Elephants and their diseases
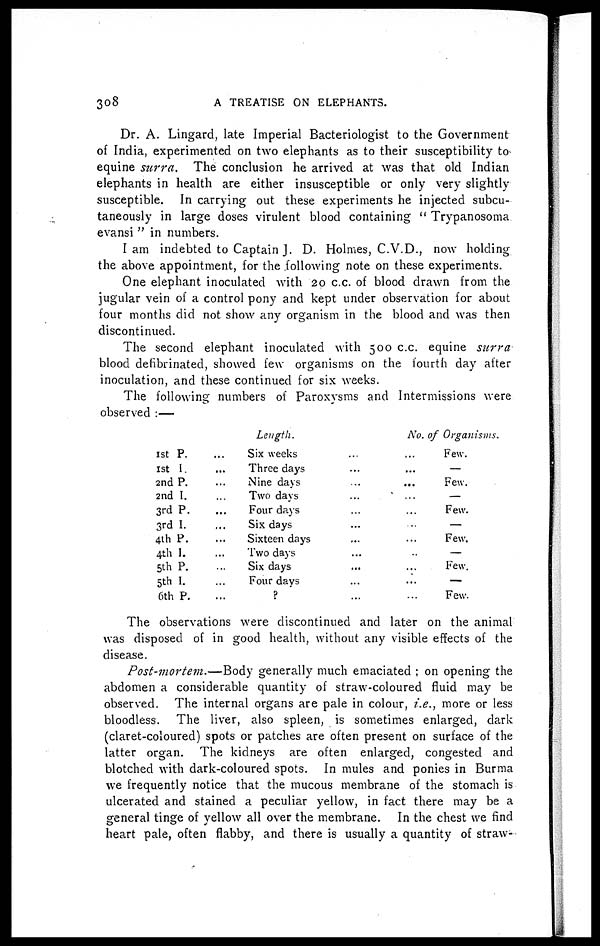
308
A TREATISE ON ELEPHANTS.
Dr. A. Lingard, late Imperial Bacteriologist to the Government
of India, experimented on two elephants as to their susceptibility to
equine surra.
The conclusion he arrived at was that old Indian
elephants in health are either insusceptible or only very slightly
susceptible. In carrying out these experiments he injected subcu-
taneously in large doses virulent blood containing " Trypanosoma
evansi " in numbers.
I am indebted to Captain J. D. Holmes, C.V.D., now holding
the above appointment, for the following note on these experiments.
One elephant inoculated with 20 c.c. of blood drawn from the
jugular vein of a control pony and kept under observation for about
four months did not show any organism in the blood and was then
discontinued.
The second elephant inoculated with 500 c.c. equine surra
blood defibrinated, showed few organisms on the fourth day after
inoculation, and these continued for six weeks.
The following numbers of Paroxysms and Intermissions were
observed :—
1st P.
...
1st I.
...
2nd P.
...
2nd I.
3rd P.
...
3rd I.
...
4th P.
...
4th I.
...
5th P.
5th I.
6th P.
...
Length.
Six weeks
Three days
...
Nine days
...
Two days
Four days
Six days
Sixteen days...
Two days
Six days.....
Four
days...
?
No. of Organisms.
Few.
—
Few.
—
Few.
—
Few.
—
Few.
—
Few.
The observations were discontinued and later on the animal
was disposed of in good health, without any visible effects of the
disease.
Post-mortem.—Body generally much emaciated ; on opening the
abdomen a considerable quantity of straw-coloured fluid may be
observed. The internal organs are pale in colour, i.e., more or less
bloodless. The liver, also spleen, is sometimes enlarged, dark
(claret-coloured) spots or patches are often present on surface of the
latter organ. The kidneys are often enlarged, congested and
blotched with dark-coloured spots. In mules and ponies in Burma
we frequently notice that the mucous membrane of the stomach is
ulcerated and stained a peculiar yellow, in fact there may be a
general tinge of yellow all over the membrane. In the chest we find
heart pale, often flabby, and there is usually a quantity of straw-